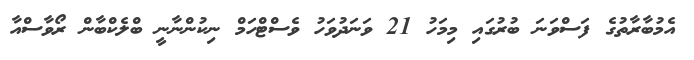
އެމުބާރާތުގެ ފަސްވަނަ ބުރުގައި މިމަހު 21 ވަނަދުވަހު ވެސްޓްހަމް ނިކުންނާނީ ބްލެކްބާން ރޯވާސްއާ